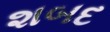
શબદ